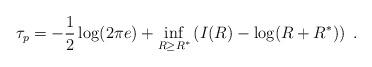
LaTeX: \begin{align*}\tau_p = - \frac{1}{2} \log (2 \pi e) + \inf_{R \ge R^*} \left( I(R) - \log(R + R^*) \right)~.\end{align*}